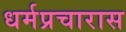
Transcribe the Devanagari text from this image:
धर्मप्रचारास